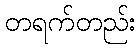
တရက်တည်း